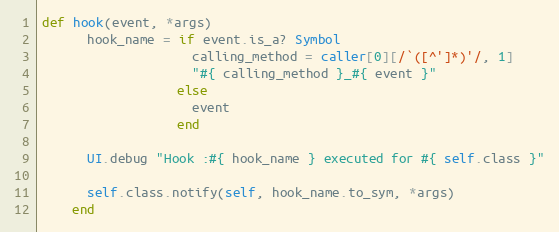
Language: Ruby
def hook(event, *args)
      hook_name = if event.is_a? Symbol
                    calling_method = caller[0][/`([^']*)'/, 1]
                    "#{ calling_method }_#{ event }"
                  else
                    event
                  end

      UI.debug "Hook :#{ hook_name } executed for #{ self.class }"

      self.class.notify(self, hook_name.to_sym, *args)
    end